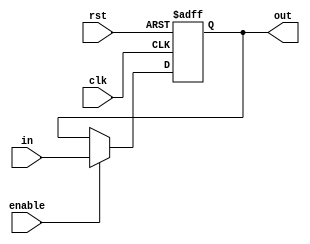
//,32
//0x0000_0000
module PC(
    input clk,rst,
    input enable, //HU
    input [31:0] in,
    output reg [31:0] out
);
initial out = 32'h0000_3000;//
//initial out = 32'h0000_0000;//
always @(posedge clk or posedge rst) 
begin
    if(rst)
        //out <= 32'h0000_0000;
        out <= 32'h0000_3000;
    else if(enable)
        out <= in;  
    else 
        out <= out;
end
endmodule